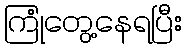
ကြုံတွေ့နေရပြီး